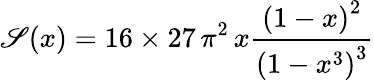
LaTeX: \mathscr{S}(x)=16\times27\, \pi^{2}\, x\frac{{\left(1-x\right)^{2}}}{{\left(1-x^{3}\right)^{3}}}